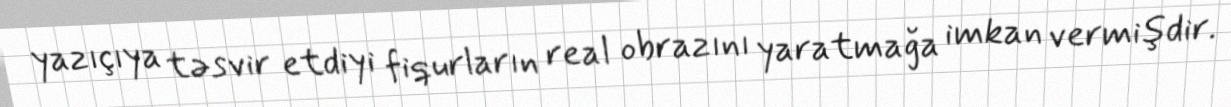
yazıçıya təsvir etdiyi fiqurların real obrazını yaratmağa imkan vermişdir.